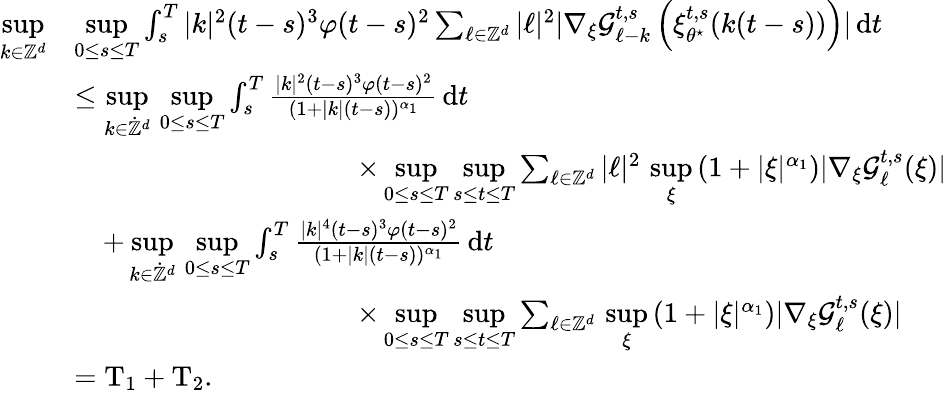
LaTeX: \begin{array}{rl}{\underset{k\in\mathbb Z^{d}}{\operatorname*{sup}}}&{\underset{0\leq s\leq T}{\operatorname*{sup}}\int_{s}^{T}\vert k\vert^{2}(t-s)^{3}\varphi(t-s)^{2}\sum_{\ell\in\mathbb Z^{d}}\vert\ell\vert^{2}\vert\nabla_{\xi}\mathcal{G}_{\ell-k}^{t,s}\left(\xi_{\theta^{\star}}^{t,s}(k(t-s))\right)\vert\, \mathrm{d}t}\\ &{\leq\underset{k\in\dot{\mathbb Z}^{d}}{\operatorname*{sup}}\, \underset{0\leq s\leq T}{\operatorname*{sup}}\int_{s}^{T}\frac{\vert k\vert^{2}(t-s)^{3}\varphi(t-s)^{2}}{(1+\vert k\vert(t-s))^{\alpha_{1}}}\, \mathrm{d}t}\\ &{\qquad\qquad\qquad\qquad\qquad\times\underset{0\leq s\leq T}{\operatorname*{sup}}\underset{s\leq t\leq T}{\operatorname*{sup}}\sum_{\ell\in\mathbb Z^{d}}\vert\ell\vert^{2}\, \underset{\xi}{\operatorname*{sup}}\, (1+\vert\xi\vert^{\alpha_{1}})\vert\nabla_{\xi}\mathcal{G}_{\ell}^{t,s}(\xi)\vert}\\ &{\quad+\underset{k\in\dot{\mathbb Z}^{d}}{\operatorname*{sup}}\, \underset{0\leq s\leq T}{\operatorname*{sup}}\int_{s}^{T}\frac{\vert k\vert^{4}(t-s)^{3}\varphi(t-s)^{2}}{(1+\vert k\vert(t-s))^{\alpha_{1}}}\, \mathrm{d}t}\\ &{\qquad\qquad\qquad\qquad\qquad\times\underset{0\leq s\leq T}{\operatorname*{sup}}\underset{s\leq t\leq T}{\operatorname*{sup}}\sum_{\ell\in\mathbb Z^{d}}\, \underset{\xi}{\operatorname*{sup}}\, (1+\vert\xi\vert^{\alpha_{1}})\vert\nabla_{\xi}\mathcal{G}_{\ell}^{t,s}(\xi)\vert}\\ &{=\mathrm{T}_{1}+\mathrm{T}_{2}.}\end{array}